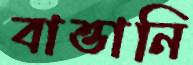
বাত্তানি